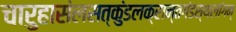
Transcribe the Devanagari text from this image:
चारुहासंलसत्कुंडलक्रान्तगंडस्थलांगम्‌